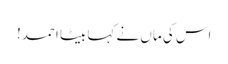
اس کی ماں نے کہا بیٹا احمد!